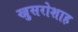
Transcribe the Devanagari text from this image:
खुसरोशाह